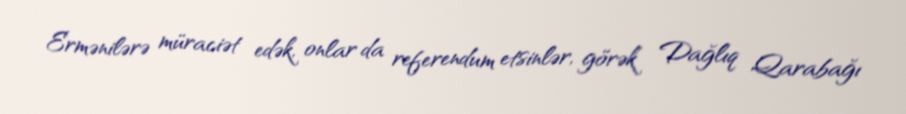
Ermənilərə müraciət edək, onlar da referendum etsinlər, görək Dağlıq Qarabağı